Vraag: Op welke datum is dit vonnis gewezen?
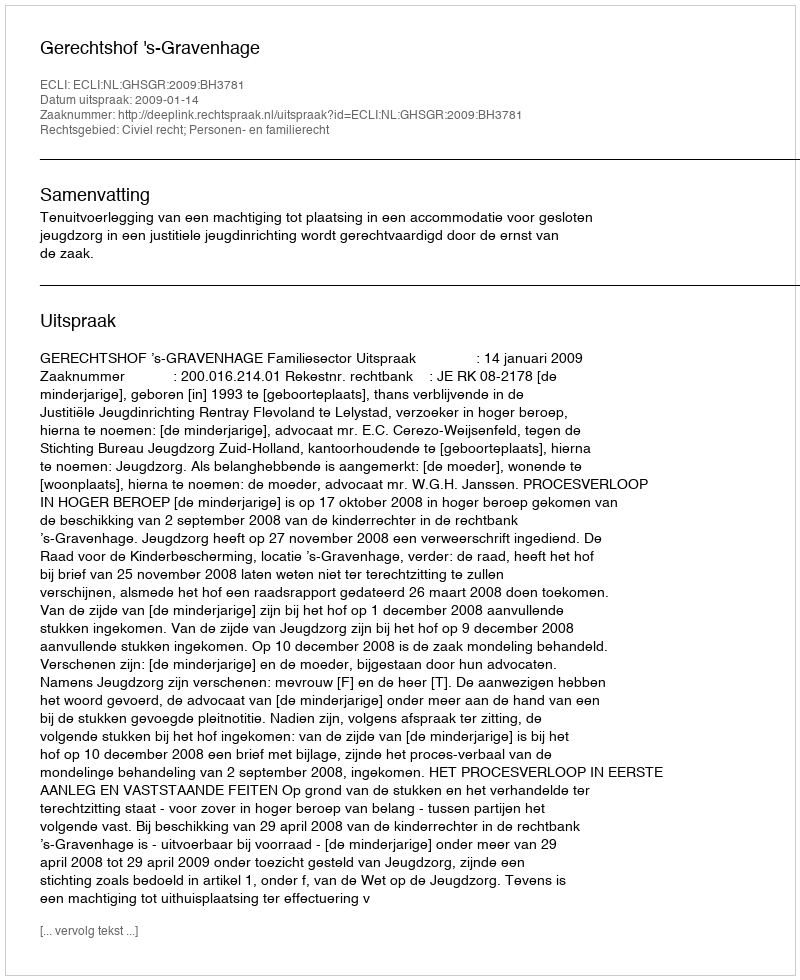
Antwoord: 2009-01-14